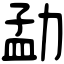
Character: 勐